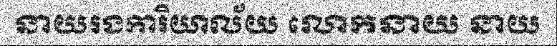
នាយរងការិយាល័យ លោកនាយ នាយ